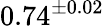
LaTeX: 0.74^{\pm 0.02}